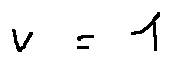
v = 1